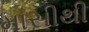
માસીથી